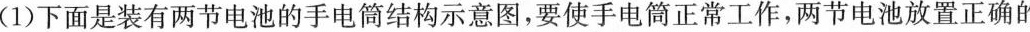
(1)下面是装有两节电池的手电筒结构示意图，要使手电筒正常工作，两节电池放置正确的